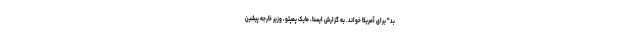
بد" برای آمریکا خواند. به گزارش ایسنا، مایک پمپئو، وزیر خارجه پیشین